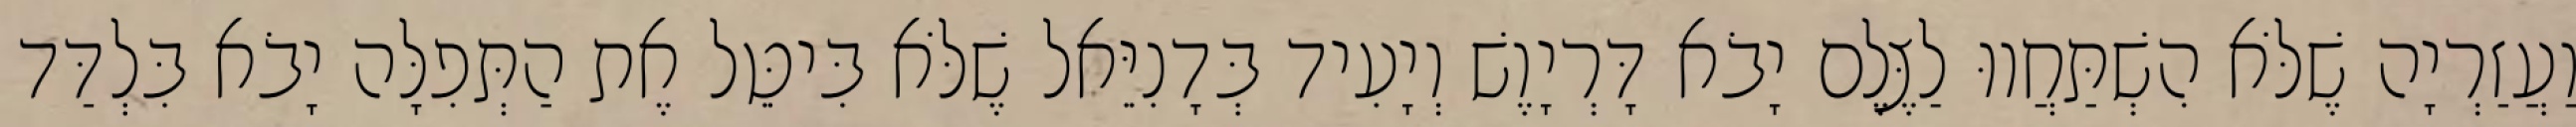
וַעֲזַרְיָה שֶׁלֹּא הִשְׁתַּחֲווּ לַצֶּלֶם יָבֹא דָּרְיָוֶשׁ וְיָעִיד בְּדָנִיֵּאל שֶׁלֹּא בִּיטֵּל אֶת הַתְּפִלָּה יָבֹא בִּלְדַּד